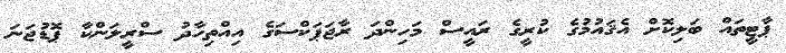
ޕާޓީތައް ބަލިކޮށް އެޤައުމުގެ ކުރީގެ ރައީސް މަހިންދަ ރާޖަޕަކްސަގެ އިއްތިހާދު ސްރީލަންކާ ޕޮޑުޖަނަ